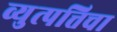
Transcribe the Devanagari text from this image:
व्युत्पत्तिचा